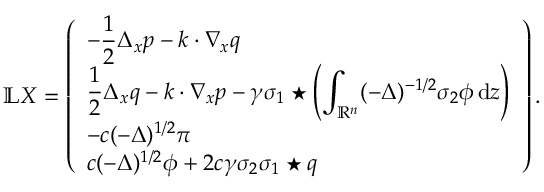
\mathbb L X = \left( \begin{array} { l } { - \displaystyle \frac 1 2 \Delta _ { x } p - k \cdot \nabla _ { x } q } \\ { \displaystyle \frac { 1 } { 2 } \Delta _ { x } q - k \cdot \nabla _ { x } p - \gamma \sigma _ { 1 } \star \left( \displaystyle \int _ { \mathbb R ^ { n } } ( - \Delta ) ^ { - 1 / 2 } \sigma _ { 2 } \phi \, { \mathrm { d } } z \right) } \\ { - c ( - \Delta ) ^ { 1 / 2 } \pi } \\ { c ( - \Delta ) ^ { 1 / 2 } \phi + 2 c \gamma \sigma _ { 2 } \sigma _ { 1 } \star q } \end{array} \right) .